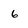
Character: 6